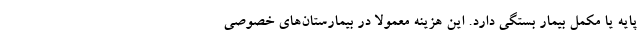
پایه یا مکمل بیمار بستگی دارد. این هزینه معمولا در بیمارستان‌های خصوصی